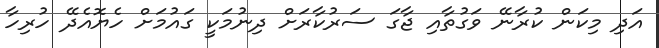
އަދި މިކަން ކުރާނޭ ވަގުތާއި ޖާގަ ސަރުކާރަށް ދިނުމަކީ ގައުމަށް ހެޔޮއެދޭ ހުރިހާ